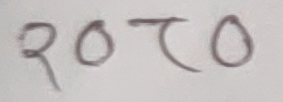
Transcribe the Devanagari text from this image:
२०ट०